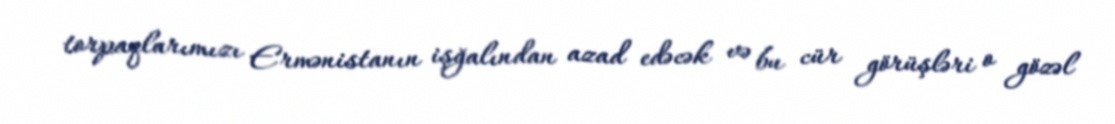
torpaqlarımızı Ermənistanın işğalından azad edəcək və bu cür görüşləri o gözəl